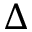
\Delta